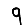
Digit: 9